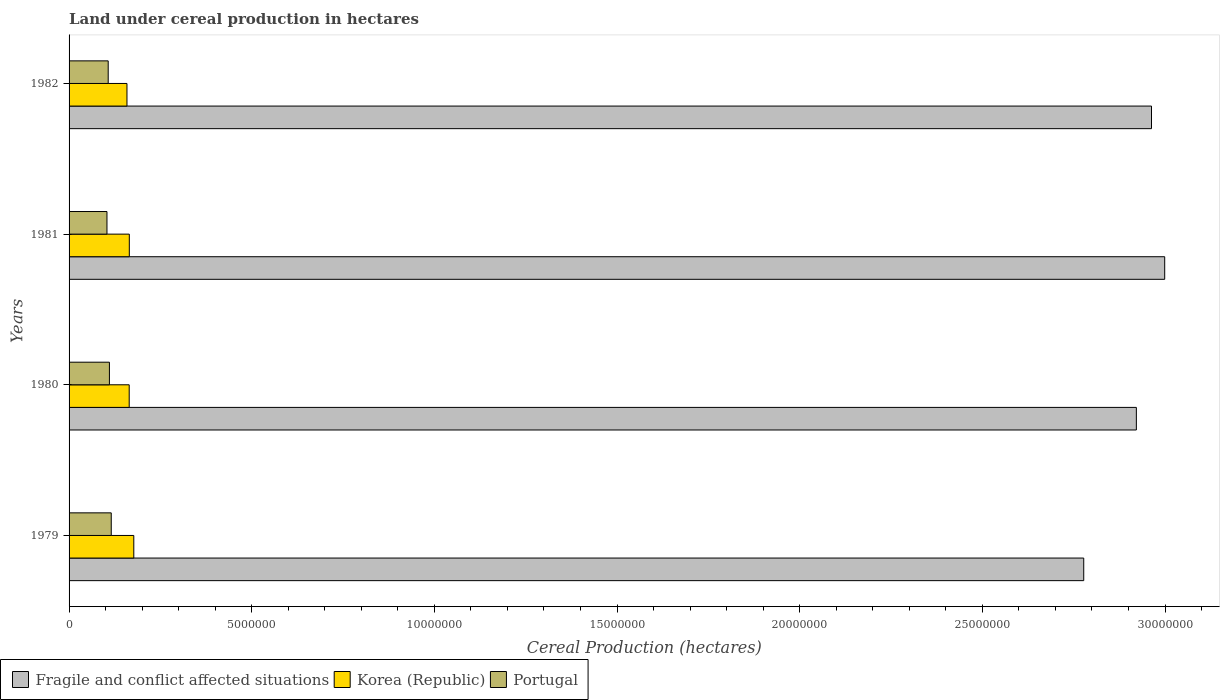
| Years | Fragile and conflict affected situations | Korea (Republic) | Portugal |
 | --- | --- | --- | --- |
 | 1979 | 2.78e+07 | 1.77e+06 | 1.15e+06 |
 | 1980 | 2.92e+07 | 1.65e+06 | 1.1e+06 |
 | 1981 | 3e+07 | 1.65e+06 | 1.04e+06 |
 | 1982 | 2.96e+07 | 1.58e+06 | 1.07e+06 |